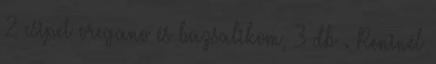
2 csipet oregano és bazsalikom, 3 db . Reninél